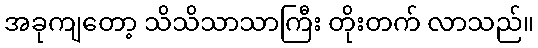
အခုကျတော့ သိသိသာသာကြီး တိုးတက် လာသည်။